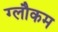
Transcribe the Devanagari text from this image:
ग्लौकम